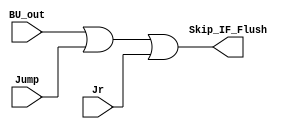
module FU (
    input   BU_out,
    input   Jump,
    input   Jr,
    output  Skip_IF_Flush
);

    assign Skip_IF_Flush = BU_out | Jump | Jr;

endmodule //FU